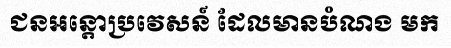
ជនអន្តោប្រវេសន៍ ដែលមានបំណង មក